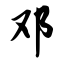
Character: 邓